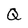
Character: Q